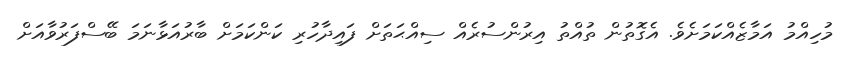
މުހިއްމު އަމާޒެއްކަމަށެވެ. އެގޮތުން ތުއްތު އިރުންސުރެއް ސިއްޙަތަށް ފައިދާހުރި ކަންކަމަށް ބާރުއަޅާނަމަ ބޭސްފަރުވާއަށް